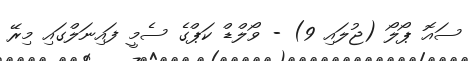
ސައޮ ޕޯލޯ (ޖުލައި 9) - ވޯލްޑް ކަޕްގެ ސެމީ ފައިނަލްގައި މިރޭ